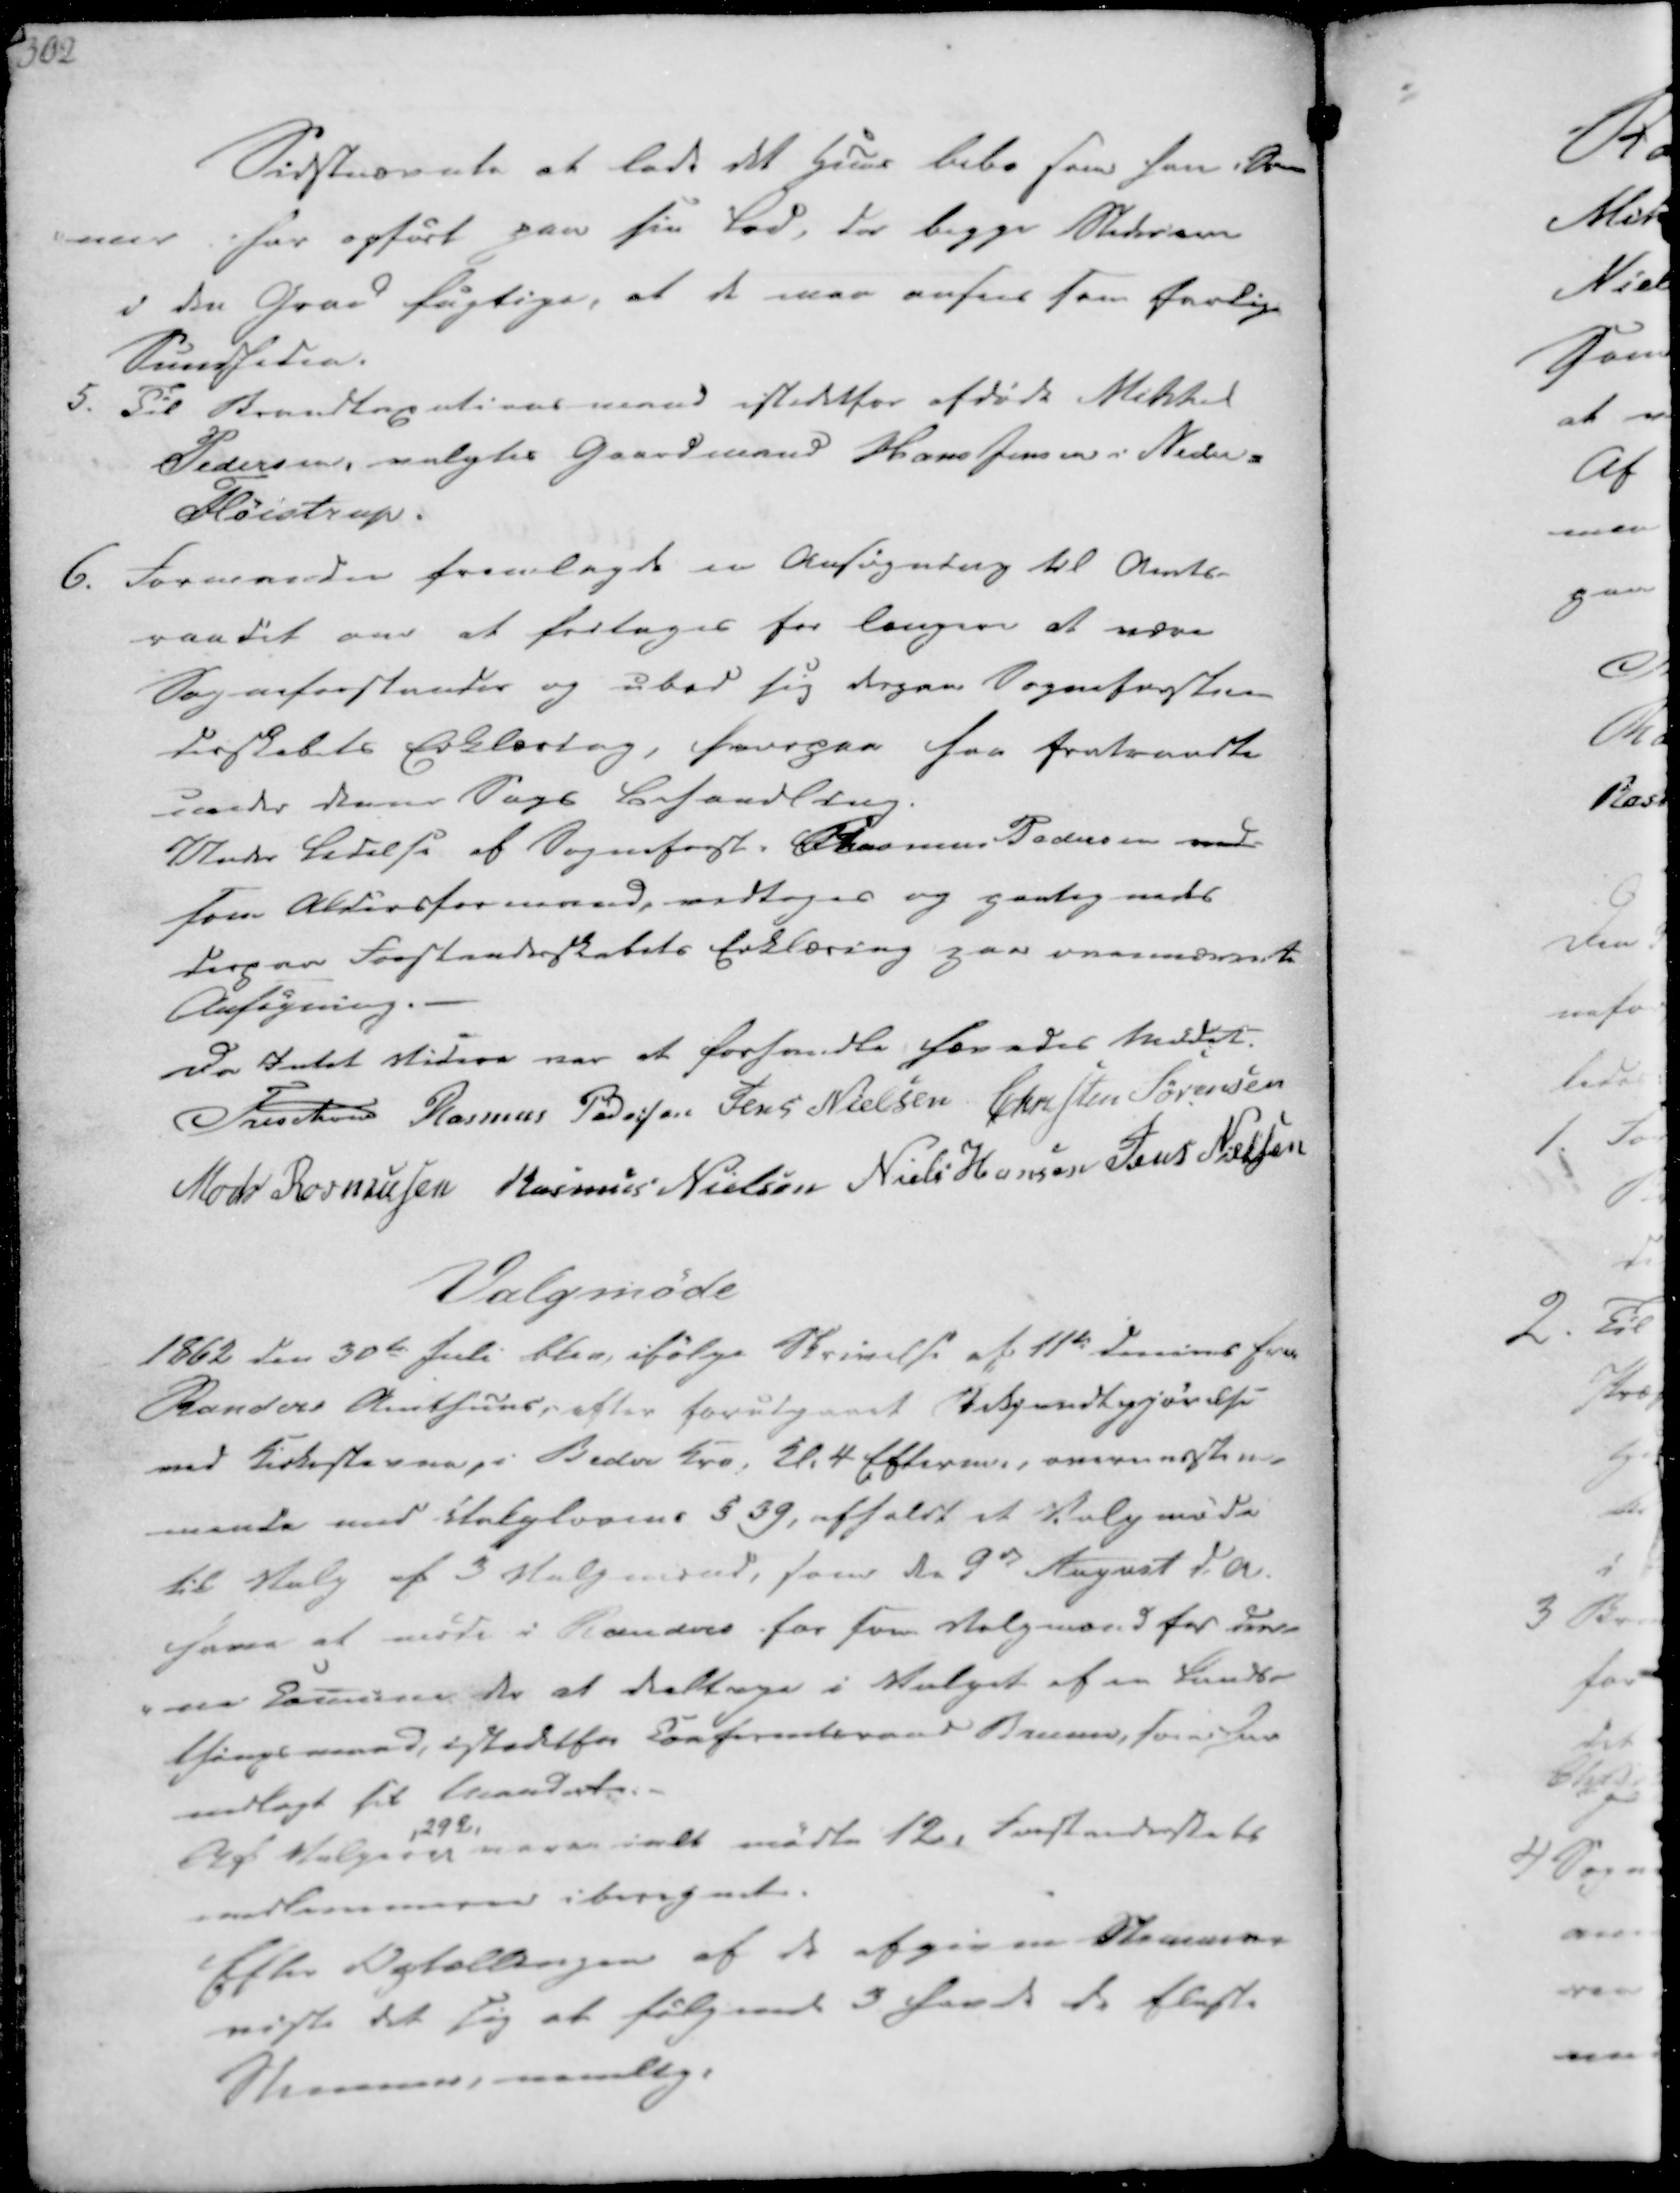
Transskription:
Sidstnævnte at lade det Huus bebo som han i Som-
mer har opført paa sin Lod, da begge Steder ere
i den Graad Fugtige, at de maa ansees som farlige
Sundheden.

5. Til Brandtaxationsmand istedetfor afdøde Mikkel
Pedersen, valgtes Gaardmand Hans Jensen i Neder-
Fløistrup.

6. Formanden fremlagde en Ansøgning til Amts-
raadet om at fritages for længere at være
Sogneforstander og ubed sig derpaa Sogneforstan-
derskabets Erklæring, hvorpaa han fratraadte
under denne Sags Behandling.
Under Ledelse af Sogneforst. Rasmus Pedersen ved-
som Aldersformand, vedtoges og paategnedes
derpaa Forstanderskabets Erklæring paa ovennævnte
Ansøgning.

Da Intet Videre var at forhandle hævedes Mødet.
Treschov
Rasmus Pedersen
Jens Nielsen
Christen Sørensen
Mads Rasmussen
Rasmus Nielsen
Niels Hansen
Jens Nielsen

Valgmøde

1862 den 30te Juli blev, ifølge Skrivelse af 11te dennes fra
Randers Amthuus, efter forudgaaet Bekjendtgjørelse
ved Kirkestevne, i Beder Kro, Kl. 4 Efterm., overensstem-
mende med Valglovens § 39, afholdt et Valgmøde
til Valg af 3 Valgmænd, som den 9de August d.A.
have at møde i Randers for som Valgmænd for den-
-ne Comune der at deltage i Valget af en Lands-
thingsmand, istedetfor Conferentsraad Bruuen, som have
nedlagt sit Mandert.-

Af Vælgere
, 292,
varen ialt mødte 12, Forstanderskabs
-medlemmerne iberegnet.
Efter Optællingen af de afgivne Stemmer
viste det sig at følgende 3 havde de fleste
Stemmer, nemlig: